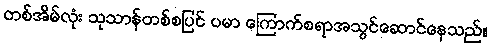
တစ်အိမ်လုံး သုသာန်တစ်စပြင် ပမာ ကြောက်စရာအသွင်ဆောင်နေသည်။